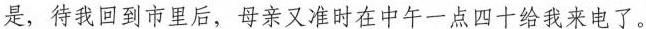
是，待我回到市里后，母亲又准时在中午一点四十给我来电了。